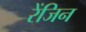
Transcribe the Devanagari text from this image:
रेंजिन